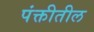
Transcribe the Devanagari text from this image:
पंक्तीतील